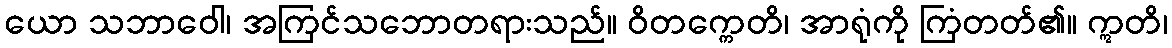
ယော သဘာဝေါ၊ အကြင်သဘောတရားသည်။ ဝိတက္ကေတိ၊ အာရုံကို ကြံတတ်၏။ ဣတိ၊